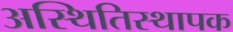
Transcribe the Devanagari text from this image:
अस्थितिस्थापक